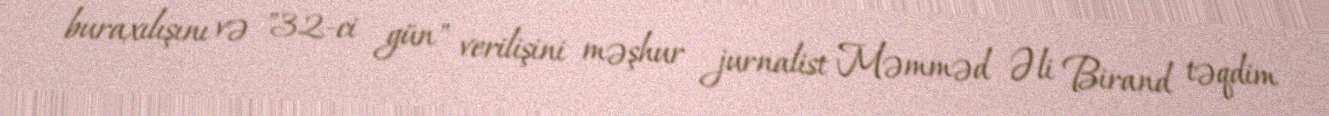
buraxılışını və "32-ci gün" verilişini məşhur jurnalist Məmməd Əli Birand təqdim